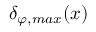
\delta _ { \varphi , m a x } ( x )